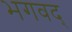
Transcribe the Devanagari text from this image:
भगवद्‍